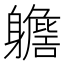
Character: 𨊗